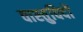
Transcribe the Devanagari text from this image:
वास्‍तुविदों